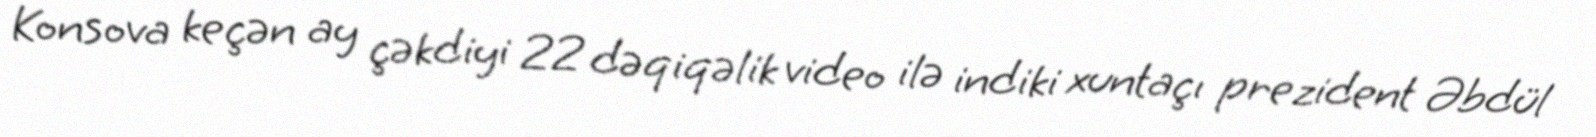
Konsova keçən ay çəkdiyi 22 dəqiqəlik video ilə indiki xuntaçı prezident Əbdül